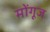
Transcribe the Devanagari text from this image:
मोंगूज